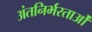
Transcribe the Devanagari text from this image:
अंतनिर्भरताओं